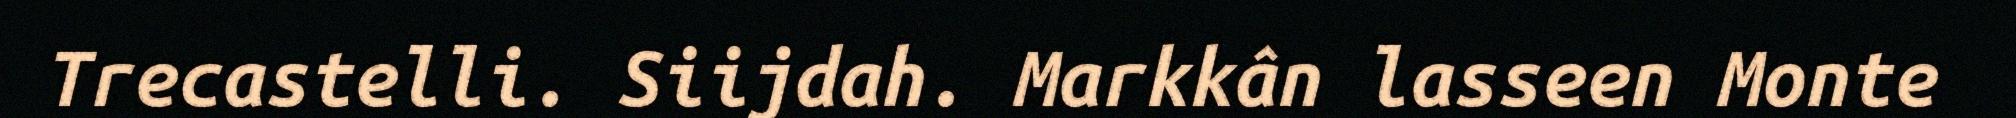
Trecastelli. Siijdah. Markkân lasseen Monte